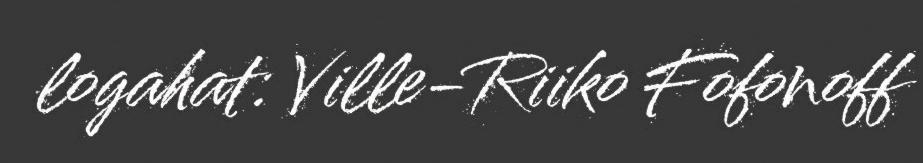
logahat: Ville-Riiko Fofonoff